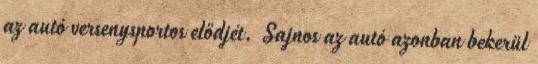
az autó versenysportos elődjét. Sajnos az autó azonban bekerül